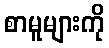
စာမူများကို